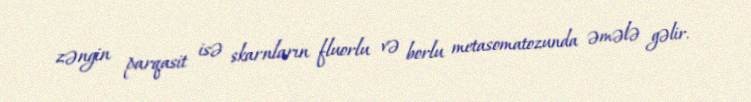
zəngin parqasit isə skarnların fluorlu və borlu metasomatozunda əmələ gəlir.